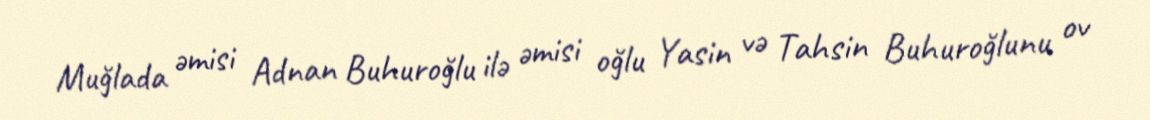
Muğlada əmisi Adnan Buhuroğlu ilə əmisi oğlu Yasin və Tahsin Buhuroğlunu ov